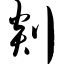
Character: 剡